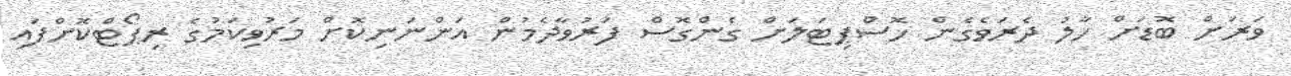
ވަރަށް ބޮޑަށް ހާލު ދެރަވެގެން ހޮސްޕިޓަލަށް ގެންގޮސް ފަރުވާދެމުން އަންނަނިކޮށް މަރުވިކަމުގެ ރިޕޯޓްކޮށްފައި